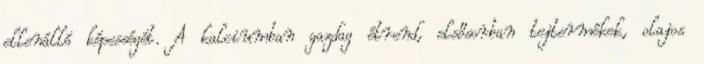
ellenálló képességét. A kalciumban gazdag étrend, elsősorban tejtermékek, olajos